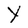
Character: Y